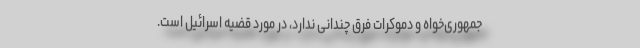
جمهوری‌خواه و دموکرات فرق چندانی ندارد، ‌در مورد قضیه اسرائیل است.